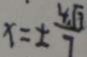
x = \pm \frac { 4 \sqrt { 3 } } { 7 }